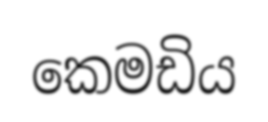
කෙමඩිය